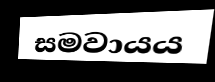
සමවායය